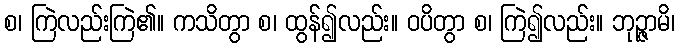
စ၊ ကြဲလည်းကြဲ၏။ ကသိတွာ စ၊ ထွန်၍လည်း။ ဝပိတွာ စ၊ ကြဲ၍လည်း။ ဘုဉ္ဇာမိ၊